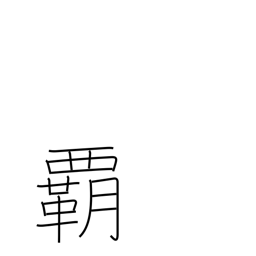
Meaning: supremacy